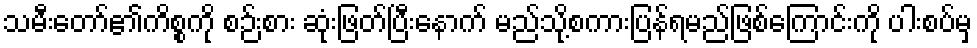
သမီးတော်၏ကိစ္စကို စဉ်းစား ဆုံးဖြတ်ပြီးနောက် မည်သို့စကားပြန်ရမည်ဖြစ်ကြောင်းကို ပါးစပ်မှ